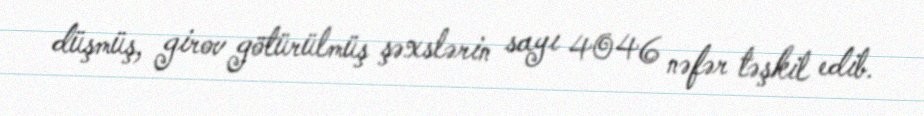
düşmüş, girov götürülmüş şəxslərin sayı 4046 nəfər təşkil edib.